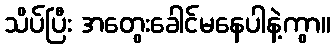
သိပ်ပြီး အတွေးခေါင်မနေပါနဲ့ကွာ။